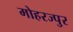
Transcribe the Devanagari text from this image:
मोहरज्पुर